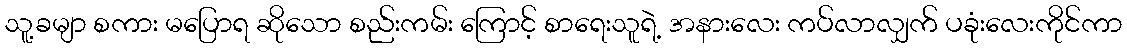
သူ့ခမျာ စကား မပြောရ ဆိုသော စည်းကမ်း ကြောင့် စာရေးသူရဲ့ အနားလေး ကပ်လာလျှက် ပခုံးလေးကိုင်ကာ